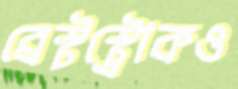
ব্রেস্টস্ট্রোকও